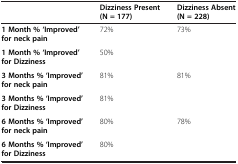
|  | Dizziness Present (N = 177) | Dizziness Absent (N = 228) |
 | --- | --- | --- |
 | 1 Month % ‘Improved’ for neck pain | 72% | 73% |
 | 1 Month % ‘Improved’ for Dizziness | 50% |  |
 | 3 Months % ‘Improved’ for neck pain | 81% | 81% |
 | 3 Months % ‘Improved’ for Dizziness | 81% |  |
 | 6 Months % ‘Improved’ for neck pain | 80% | 78% |
 | 6 Months % ‘Improved’ for Dizziness | 80% |  |